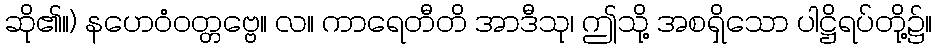
ဆို၏။) နဟေဝံဝတ္တဗ္ဗေ။ လ။ ကာရေတီတိ အာဒီသု၊ ဤသို့ အစရှိသော ပါဋ္ဌိရပ်တို့၌။